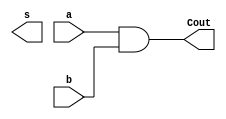
module half_adder(input a, b, output s, Cout);
  assign S = a ^ b;
  assign Cout = a & b;
endmodule

//test bench
module tb_top;
  reg a, b;
  wire s, c_out;
  
  half_adder ha(a, b, s, c_out);
  
  initial begin
    $monitor("At time %0t: a=%b b=%b, sum=%b, carry=%b",$time, a,b,s,c_out);
    a = 0; b = 0;
    #1;
    a = 0; b = 1;
    #1;
    a = 1; b = 0;
    #1;
    a = 1; b = 1;
    #1;
  end
endmodule